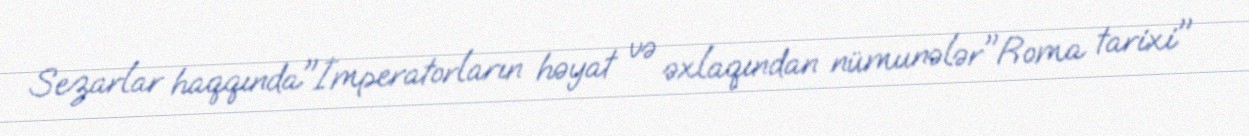
Sezarlar haqqında"İmperatorların həyat və əxlaqından nümunələr"Roma tarixi"